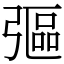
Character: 彄